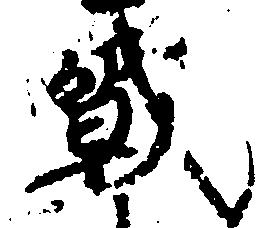
戦